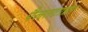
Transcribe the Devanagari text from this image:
पैलतटाप्रत